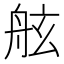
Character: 舷